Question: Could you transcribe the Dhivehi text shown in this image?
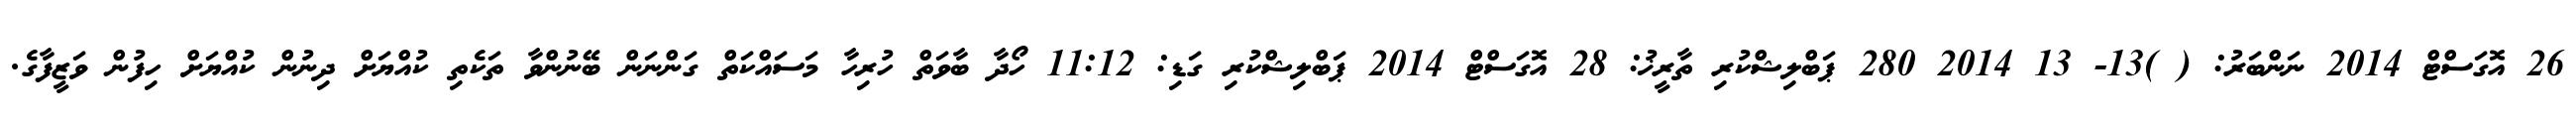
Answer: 26 އޮގަސްޓް 2014 ނަންބަރު: ( )13- 13 2014 280 ޕަބްލިޝްކުރި ތާރީޚު: 28 އޮގަސްޓް 2014 ޕަބްލިޝްކުރި ގަޑި: 11:12 ހޯދާ ބާވަތް ހުރިހާ މަސައްކަތް ގަންނަން ބޭނުންވާ ތަކެތި ކުއްޔަށް ދިނުން ކުއްޔަށް ހިފުން ވަޒީފާގެ.